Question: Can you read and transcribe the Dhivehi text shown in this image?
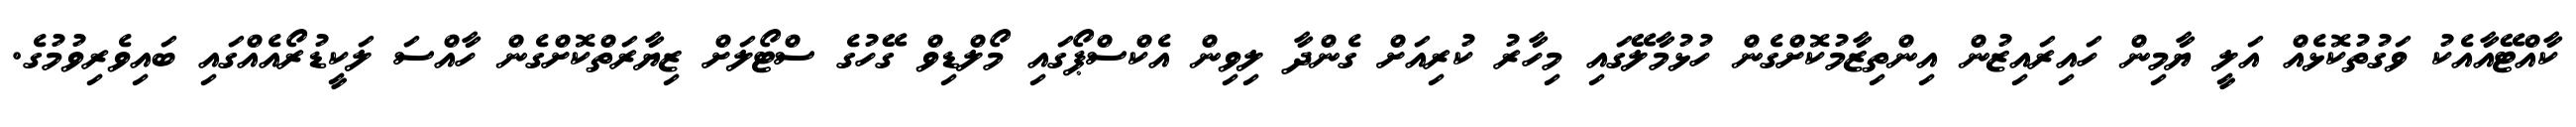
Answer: ކާއްޓޭއާއެކު ވަގުތުކޮޅެއް އަލީ ޔާމިން ހައިރައިޒުން އިންތިޒާމުކޮށްގެން ހުޅުމާލޭގައި މިހާރު ކުރިއަށް ގެންދާ ލިވިން އެކްސްޕޯގައި މޯލްޑިވް ގޭހުގެ ސްޓޯލަށް ޒިޔާރަތްކޮށްގެން ހާއްސަ ލަކީޑުރޯއެއްގައި ބައިވެރިވުމުގެ.